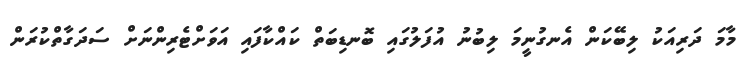
މާމަ ދަރިއަކު ލިބޭކަން އެނގުނީމަ ލިބުނު އުފަލުގައި ބޮނޑިބަތް ކައްކާފައި އަވަށްޓެރިންނަށް ސަދަގާތްކުރަން